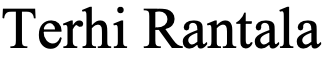
Terhi Rantala